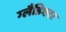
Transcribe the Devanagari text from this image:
ग्‍लैडिएटर